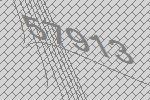
57913